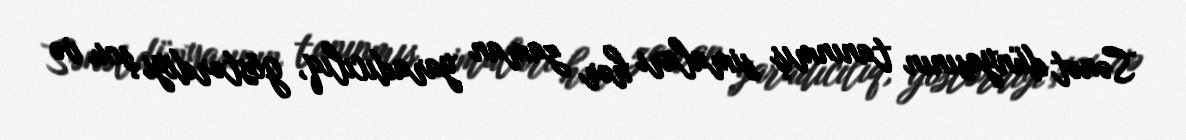
Sənət dünyasının tanınmış simaları hər zaman yaradıcılıq, göstərdiyi şou və